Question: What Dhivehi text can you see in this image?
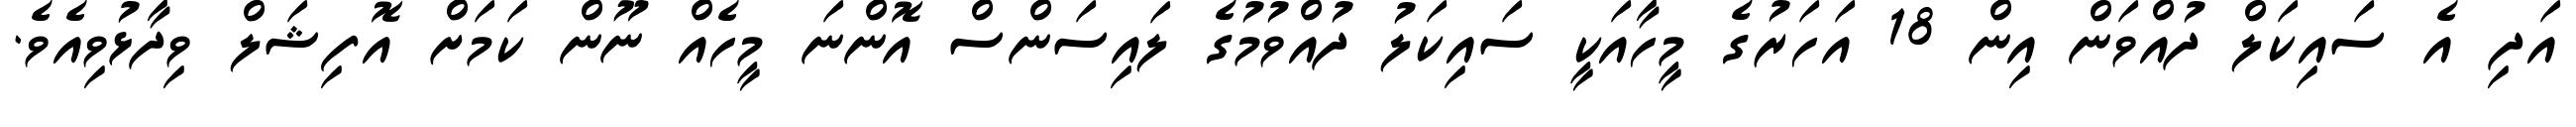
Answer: އަދި އެ ސައިކަލް ދުއްވަން އިން 18 އަހަރުގެ މީހާއަކީ ސައިކަލު ދުއްވުމުގެ ލައިސަންސް އޮންނަ މީހެއް ނޫން ކަމަށް އޮފިޝަލް ވިދާޅުވިއެވެ.